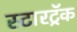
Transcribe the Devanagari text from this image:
स्टारट्रॅक